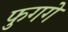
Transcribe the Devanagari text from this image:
फुगगे